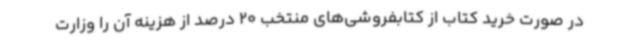
در صورت خرید کتاب از کتابفروشی‌های منتخب 20 درصد از هزینه آن را وزارت